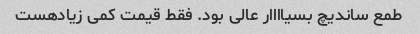
طمع ساندیچ بسیاااار عالی بود. فقط قیمت کمی زیادهست